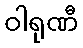
ဝါရုဏီ